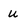
Character: u